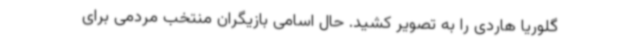
گلوریا هاردی را به تصویر کشید. حال اسامی بازیگران منتخب مردمی برای